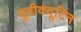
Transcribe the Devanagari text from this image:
यूबीक्यूटिन